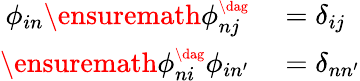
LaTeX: \begin{array}{rl}{\phi_{in}\ensuremath{\phi_{nj}^{\scriptscriptstyle\dag}}}&{{}=\delta_{ij}}\\ {\ensuremath{\phi_{ni}^{\scriptscriptstyle\dag}}\phi_{in^{\prime}}}&{{}=\delta_{nn^{\prime}}}\end{array}